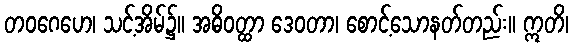
တဝဂေဟေ၊ သင့်အိမ်၌။ အဓိဝတ္ထာ ဒေဝတာ၊ စောင့်သောနတ်တည်း။ ဣတိ၊